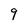
Character: 9